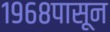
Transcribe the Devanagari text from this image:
१९६८पासून